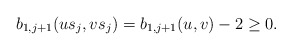
\begin{align*}b_{1, j+1}(us_j,vs_j)=b_{1, j+1}(u,v)-2\geq 0.\end{align*}